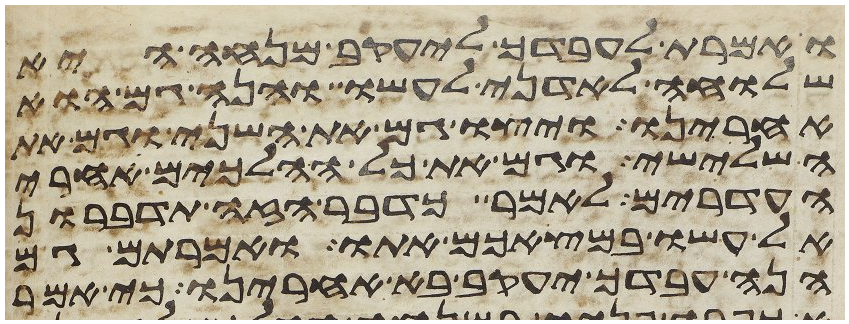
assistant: ואמרת לעבדך ליעקב מנחה היא
שלוחה לאדני לעשו והנה גם הוא
אחרינו ויצו גם את השני וגם את
השלישי וגם את כל ההלכים אחרי
העדרים לאמר כדבר הזה תדברון
אל עשו במצאכם אתו ואמרתם גם
הנה עבדך יעקב בא אחרינו כי אמר